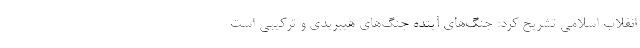
انقلاب اسلامی تشریح کرد: جنگ‌های آینده جنگ‌های هیبریدی و ترکیبی است